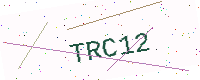
Text: TRC12